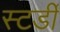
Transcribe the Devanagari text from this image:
स्टर्डी